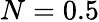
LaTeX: N=0.5